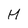
Character: M